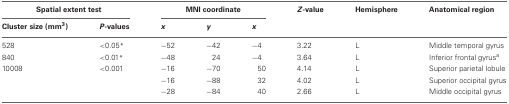
<table><thead><tr><td colspan="2"><b>Spatial extent test</b></td><td colspan="3"><b>MNI coordinate</b></td><td><b><i>Z</i>-value</b></td><td><b>Hemisphere</b></td><td><b>Anatomical region</b></td></tr><tr><td><b>Cluster size (mm<sup>3</sup>)</b></td><td><b><i>P</i>-values</b></td><td><b><i>x</i></b></td><td><b><i>y</i></b></td><td><b><i>x</i></b></td><td></td><td></td><td></td></tr></thead><tbody><tr><td>528</td><td>&lt;0.05<sup>*</sup></td><td>−52</td><td>−42</td><td>−4</td><td>3.22</td><td>L</td><td>Middle temporal gyrus</td></tr><tr><td>840</td><td>&lt;0.01<sup>*</sup></td><td>−48</td><td>24</td><td>−4</td><td>3.64</td><td>L</td><td>Inferior frontal gyrus<sup>a</sup></td></tr><tr><td>10008</td><td>&lt;0.001</td><td>−16</td><td>−70</td><td>50</td><td>4.14</td><td>L</td><td>Superior parietal lobule</td></tr><tr><td></td><td></td><td>−16</td><td>−88</td><td>32</td><td>4.02</td><td>L</td><td>Superior occipital gyrus</td></tr><tr><td></td><td></td><td>−28</td><td>−84</td><td>40</td><td>2.66</td><td>L</td><td>Middle occipital gyrus</td></tr></tbody></table>